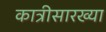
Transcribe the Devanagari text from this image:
कात्रीसारख्या